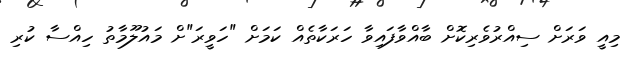
މިއީ ވަރަށް ސިއްރުވެރިކޮށް ބާއްވާފައިވާ ހަރަކާތެއް ކަމަށް "ހަވީރަ"ށް މައުލޫމާތު ހިއްސާ ކުރި